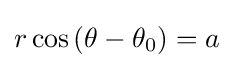
r\cos \left(\theta -\theta _{0}\right)=a